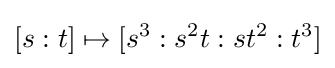
[s:t]\mapsto [s^{3}:s^{2}t:st^{2}:t^{3}]